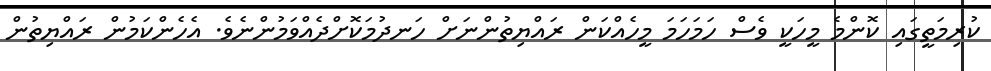
ކުރިމަތީގައި ކޮންމެ މީހަކީ ވެސް ހަމަހަމަ މީހެއްކަން ރައްޔިތުންނަށް ހަނދުމަކޮށްދެއްވަމުންނެވެ. އެހެންކަމުން ރައްޔިތުން